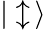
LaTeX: |\updownarrow\, \rangle